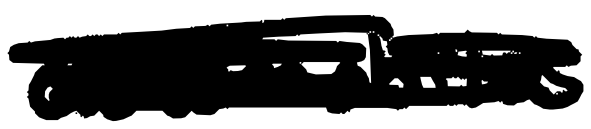
Text: automobiles
Cross-out: scratch
Writing tool: digital_black